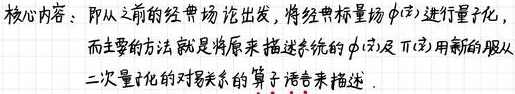
核心内容：即从之前的经典场论出发，将经典标量场$\phi(x)$进行量子化，而主要的方法就是将原来描述系统的$\phi(x)$及$\pi(x)$用新的服从二次量子化的对易关系的算子语言来描述.